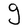
Character: g